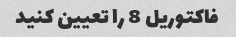
فاکتوریل 8 را تعیین کنید